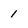
Character: 1